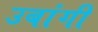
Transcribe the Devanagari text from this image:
उबांगी